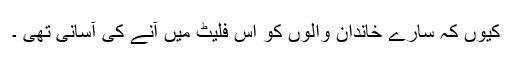
کیوں کہ سارے خاندان والوں کو اِس فلیٹ میں آنے کی آسانی تھی ۔